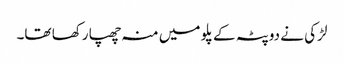
لڑکی نے دوپٹہ کے پلو میں منہ چھپا رکھا تھا۔